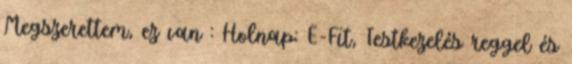
Megszerettem, ez van : Holnap: E-Fit, Testkezelés reggel és